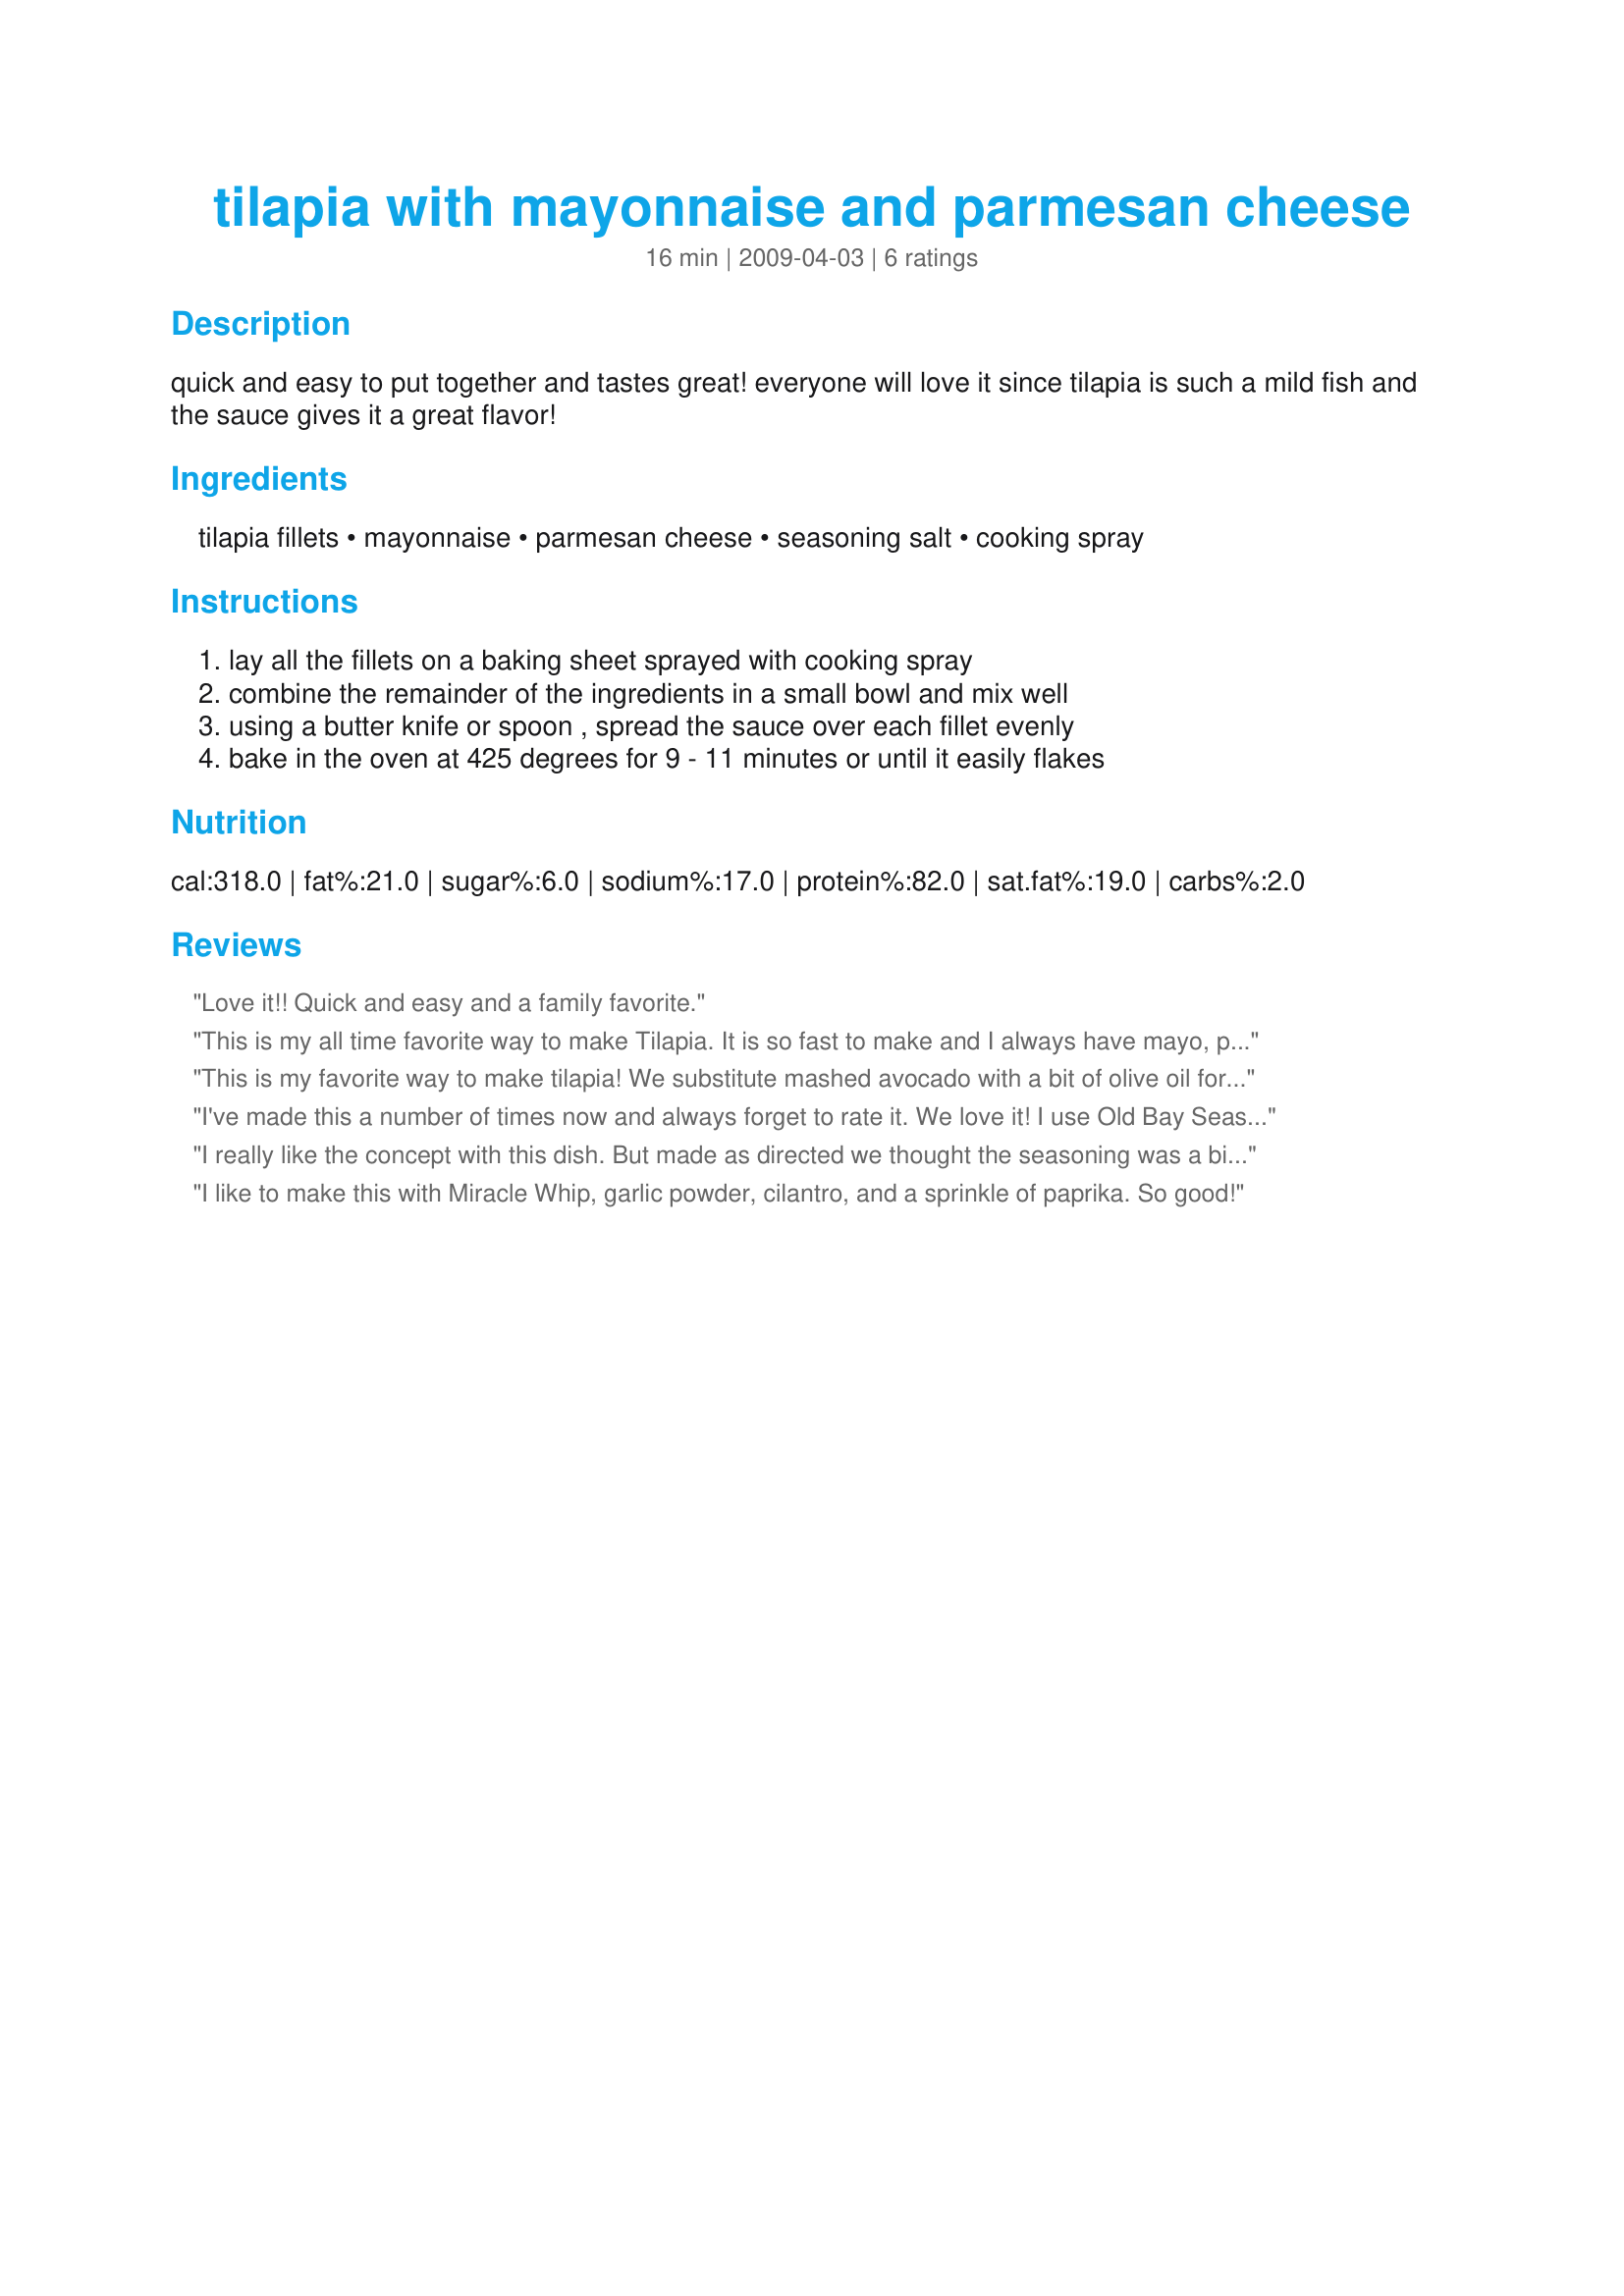
tilapia with mayonnaise and parmesan cheese
Preparation time: 16 minutes

quick and easy to put together and tastes great! everyone will love it since tilapia is such a mild fish and the sauce gives it a great flavor!

Ingredients:
tilapia fillets, mayonnaise, parmesan cheese, seasoning salt, cooking spray

Steps:
lay all the fillets on a baking sheet sprayed with cooking spray, combine the remainder of the ingredients in a small bowl and mix well, using a butter knife or spoon , spread the sauce over each fillet evenly, bake in the oven at 425 degrees for 9 - 11 minutes or until it easily flakes

Reviews:
Love it!! Quick and easy and a family favorite.
This is my all time favorite way to make Tilapia. It is so fast to make and I always have mayo, parmesan cheese and seasoned salt on hand. I also like to add minced garlic. This will be in my Favorites of 2010 cookbook.
This is my favorite way to make tilapia! We substitute mashed avocado with a bit of olive oil for the mayo, and it always tastes wonderful.
I've made this a number of times now and always forget to rate it. We love it! I use Old Bay Seasoning instead of the Seasoning Sauce. It gives it a little more spice which we like. So easy and so very good!
I really like the concept with this dish. But made as directed we thought the seasoning was a bit salty. I used McCormick's Seasoned Salt and a freshly grate parmesan cheese. The next time I will use less seasoning. Made for PAC Spring 2010.
I like to make this with Miracle Whip, garlic powder, cilantro, and a sprinkle of paprika. So good!
